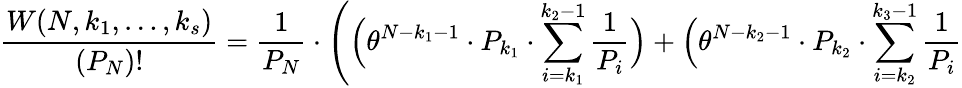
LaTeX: \frac{W(N,k_{1},\ldots,k_{s})}{(P_{N})!}=\frac{1}{P_{N}}\cdot\Bigg(\Big(\theta^{N-k_{1}-1}\cdot P_{k_{1}}\cdot\sum_{i=k_{1}}^{k_{2}-1}\frac{1}{P_{i}}\Big)+\Big(\theta^{N-k_{2}-1}\cdot P_{k_{2}}\cdot\sum_{i=k_{2}}^{k_{3}-1}\frac{1}{P_{i}}